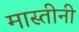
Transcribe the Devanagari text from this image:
मास्तीनी